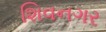
શિવનગર